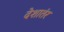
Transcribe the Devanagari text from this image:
देशातंर